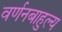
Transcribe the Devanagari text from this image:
वर्णनबाहुल्य